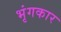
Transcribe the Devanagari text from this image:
भृंगकार